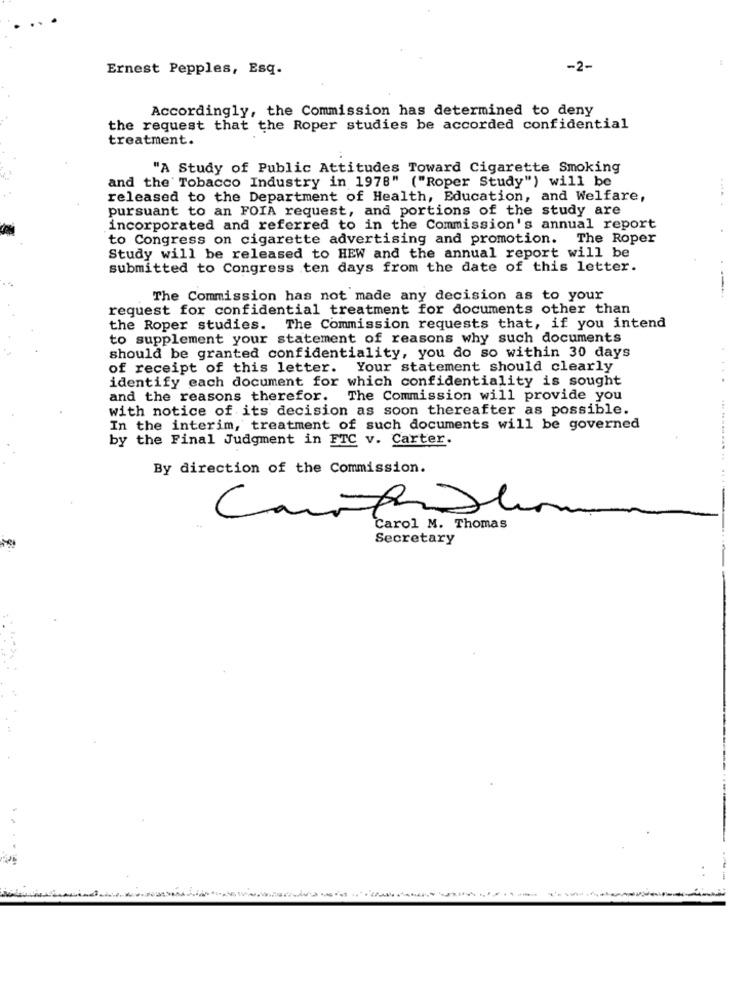
Ernest Pepples, Esq.
-2-
Accordingly, the Commission has determined to deny
the request that the Roper studies be accorded confidential
treatment.
"A Study of Public Attitudes Toward Cigarette Smoking
and the Tobacco Industry in 1978" ("Roper Study") will be
released to the Department of Health, Education, and Welfare,
.... 4
pursuant to an FOIA request, and portions of the study are
incorporated and referred to in the Commission's annual report
to Congress on cigarette advertising and promotion. The Roper
Study will be released to HEW and the annual report will be
submitted to Congress ten days from the date of this letter.
----
The Commission has not made any decision as to your
request for confidential treatment for documents other than
the Roper studies. The Commission requests that, if you intend
to supplement your statement of reasons why such documents
should be granted confidentiality, you do so within 30 days
of receipt of this letter. Your statement should clearly
identify each document for which confidentiality is sought
....
and the reasons therefor.
The Commission will provide you
with notice of its decision as soon thereafter as possible.
In the interim, treatment of such documents will be governed
by the Final Judgment in FTC v. Carter.
By direction of the Commission.
Carol M. Thomas
Secretary